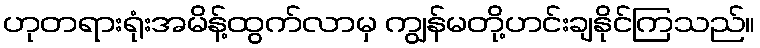
ဟုတရားရုံးအမိန့်ထွက်လာမှ ကျွန်မတို့ဟင်းချနိုင်ကြသည်။